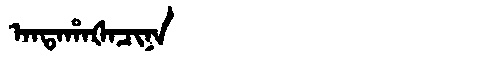
Manchu: ᠠᠨᡨᠠᡥᠠᡧᠠᠴᡳᠨᠠ
Romanization: ANTAHAŠACINA